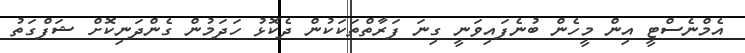
އެމްނެސްޓީ އިން މީހެން ބުނެފައިވަނީ ގިނަ ފަރާތްތަކަކުން ދެކޮޅު ހަދަމުން ގެންދަނިކޮށް ޝަފްގަތު